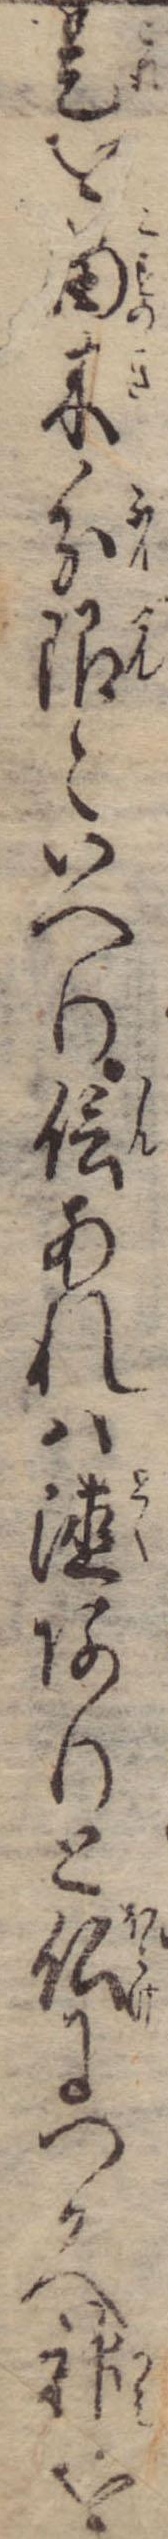
是を楠木分限といへり信あれは徳ありと仏につかへ神を